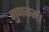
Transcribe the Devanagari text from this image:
गुणकर्म।